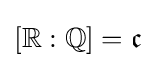
[\mathbb {R} :\mathbb {Q} ]={\mathfrak {c}}